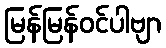
မြန်မြန်ဝင်ပါဗျာ